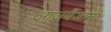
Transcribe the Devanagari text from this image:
आज़र्बैजानी